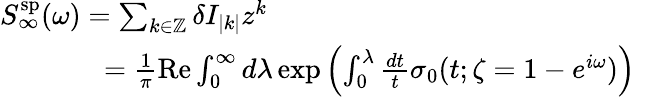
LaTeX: \begin{array}{r}{S_{\infty}^{\mathrm{sp}}(\omega)=\sum_{k\in{\mathbb Z}}\delta I_{|k|}z^{k}\qquad\qquad\qquad\qquad\qquad\qquad\qquad}\\ {\quad=\frac{1}{\pi}\mathrm{Re}\int_{0}^{\infty}d\lambda\exp\left(\int_{0}^{\lambda}\frac{dt}{t}\sigma_{0}(t;\zeta=1-e^{i\omega})\right)\quad}\end{array}